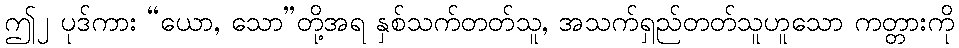
ဤ၂ ပုဒ်ကား “ယော, သော”တို့အရ နှစ်သက်တတ်သူ, အသက်ရှည်တတ်သူဟူသော ကတ္တားကို